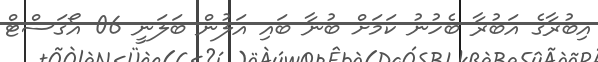
އިބުރާގެ އަބުރާ ބެހުނު ކަމަށް ބުނާ ބައި އަލުން ބަލަނީ 06 އޯގަސްޓް